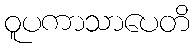
ဝူပကာသာပေတိ